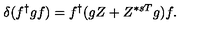
\delta ( f ^ { \dag } g f ) = f ^ { \dag } ( g Z + Z ^ { * s T } g ) f .